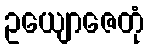
ဥယျောဇေတုံ